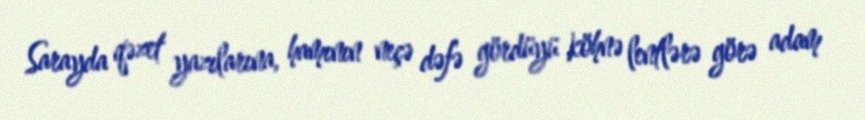
Sarayda qəzet yazılarına, hamının neçə dəfə gördüyü köhnə lentlərə görə adam